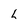
Character: L